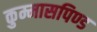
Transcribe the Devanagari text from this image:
कुम्मासपिण्ड